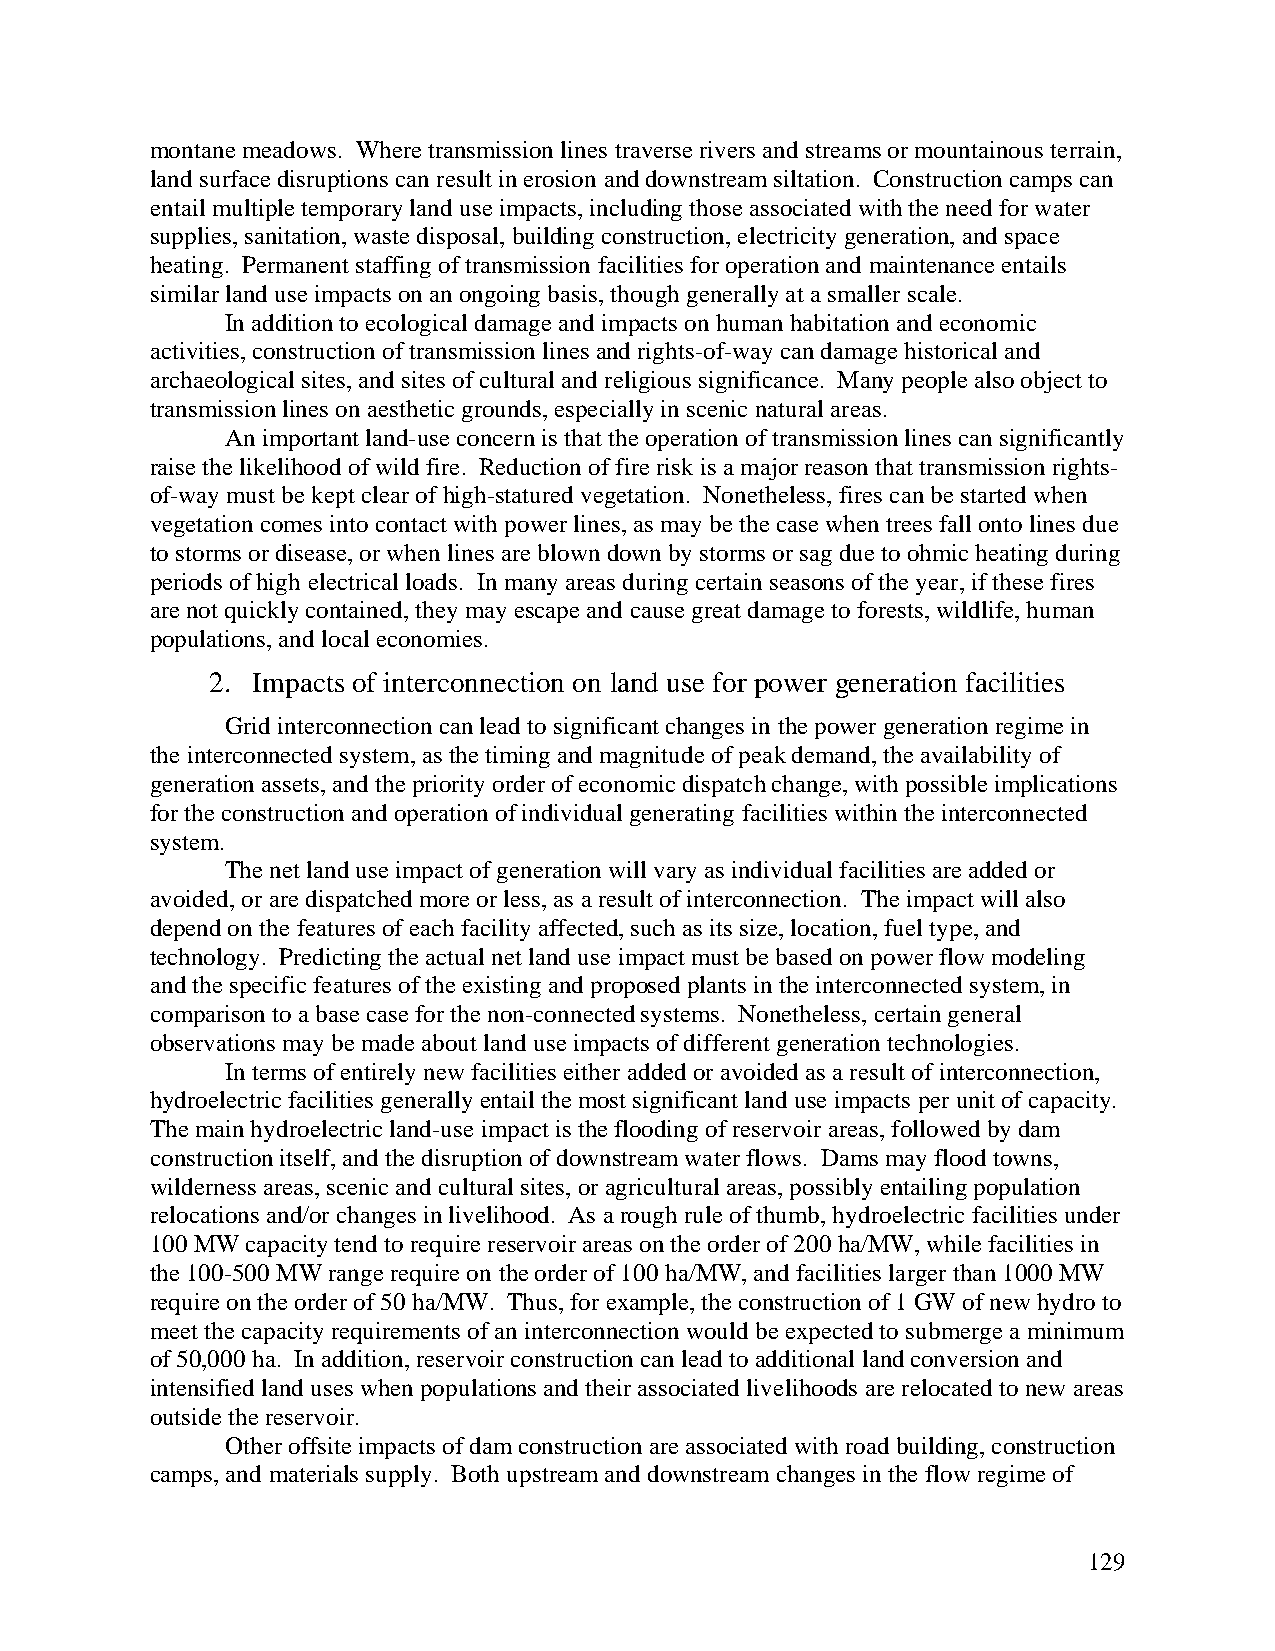
montane meadows. Where transmission lines traverse rivers and streams or mountainous terrain,
 land surface disruptions can result in erosion and downstream siltation. Construction camps can
 entail multiple temporary land use impacts, including those associated with the need for water
 supplies, sanitation, waste disposal, building construction, electricity generation, and space
 heating. Permanent staffing of transmission facilities for operation and maintenance entails
 similar land use impacts on an ongoing basis, though generally at a smaller scale.
 In addition to ecological damage and impacts on human habitation and economic
 activities, construction of transmission lines and rights-of-way can damage historical and
 archaeological sites, and sites of cultural and religious significance. Many people also object to
 transmission lines on aesthetic grounds, especially in scenic natural areas.
 An important land-use concern is that the operation of transmission lines can significantly
 raise the likelihood of wild fire. Reduction of fire risk is a major reason that transmission rights-
 of-way must be kept clear of high-statured vegetation. Nonetheless, fires can be started when
 vegetation comes into contact with power lines, as may be the case when trees fall onto lines due
 to storms or disease, or when lines are blown down by storms or sag due to ohmic heating during
 periods of high electrical loads. In many areas during certain seasons of the year, if these fires
 are not quickly contained, they may escape and cause great damage to forests, wildlife, human
 populations, and local economies.
 2. Impacts of interconnection on land use for power generation facilities
 Grid interconnection can lead to significant changes in the power generation regime in
 the interconnected system, as the timing and magnitude of peak demand, the availability of
 generation assets, and the priority order of economic dispatch change, with possible implications
 for the construction and operation of individual generating facilities within the interconnected
 system.
 The net land use impact of generation will vary as individual facilities are added or
 avoided, or are dispatched more or less, as a result of interconnection. The impact will also
 depend on the features of each facility affected, such as its size, location, fuel type, and
 technology. Predicting the actual net land use impact must be based on power flow modeling
 and the specific features of the existing and proposed plants in the interconnected system, in
 comparison to a base case for the non-connected systems. Nonetheless, certain general
 observations may be made about land use impacts of different generation technologies.
 In terms of entirely new facilities either added or avoided as a result of interconnection,
 hydroelectric facilities generally entail the most significant land use impacts per unit of capacity.
 The main hydroelectric land-use impact is the flooding of reservoir areas, followed by dam
 construction itself, and the disruption of downstream water flows. Dams may flood towns,
 wilderness areas, scenic and cultural sites, or agricultural areas, possibly entailing population
 relocations and/or changes in livelihood. As a rough rule of thumb, hydroelectric facilities under
 100 MW capacity tend to require reservoir areas on the order of 200 ha/MW, while facilities in
 the 100-500 MW range require on the order of 100 ha/MW, and facilities larger than 1000 MW
 require on the order of 50 ha/MW. Thus, for example, the construction of 1 GW of new hydro to
 meet the capacity requirements of an interconnection would be expected to submerge a minimum
 of 50,000 ha. In addition, reservoir construction can lead to additional land conversion and
 intensified land uses when populations and their associated livelihoods are relocated to new areas
 outside the reservoir.
 Other offsite impacts of dam construction are associated with road building, construction
 camps, and materials supply. Both upstream and downstream changes in the flow regime of
 129